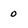
Character: 0